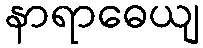
နာရာဓေယျ